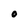
Character: O